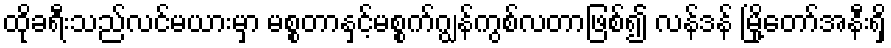
ထိုခရီးသည်လင်မယားမှာ မစ္စတာနှင့်မစ္စက်ဂျွန်ကွစ်လတာဖြစ်၍ လန်ဒန် မြို့တော်အနီးရှိ